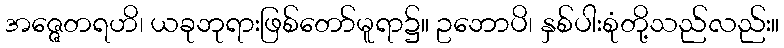
အဇ္ဇေတရဟိ၊ ယခုဘုရားဖြစ်တော်မူရာ၌။ ဥဘောပိ၊ နှစ်ပါးစုံတို့သည်လည်း။